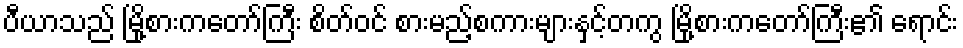
ပီယာသည် မြို့စားကတော်ကြီး စိတ်ဝင် စားမည့်စကားများနှင့်တကွ မြို့စားကတော်ကြီး၏ ရောင်း